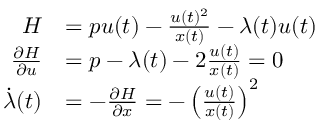
{ \begin{array} { r l } { H } & { = p u ( t ) - { \frac { u ( t ) ^ { 2 } } { x ( t ) } } - \lambda ( t ) u ( t ) } \\ { { \frac { \partial H } { \partial u } } } & { = p - \lambda ( t ) - 2 { \frac { u ( t ) } { x ( t ) } } = 0 } \\ { { \dot { \lambda } } ( t ) } & { = - { \frac { \partial H } { \partial x } } = - \left( { \frac { u ( t ) } { x ( t ) } } \right) ^ { 2 } } \end{array} }